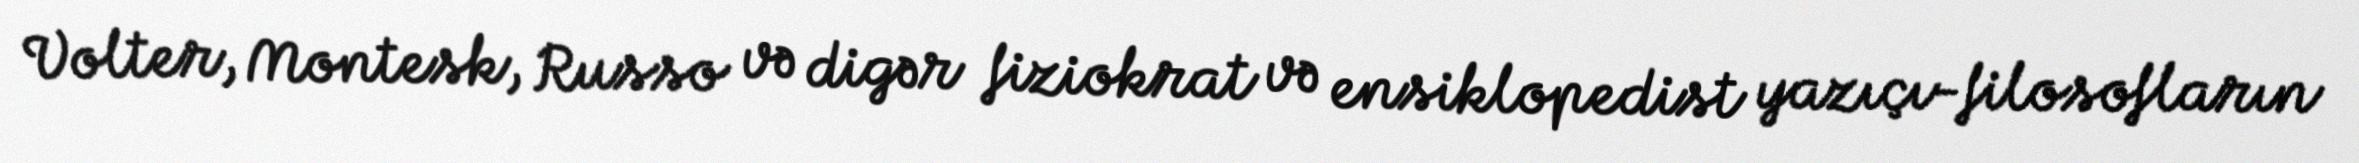
Volter, Montesk, Russo və digər fiziokrat və ensiklopedist yazıçı-filosofların